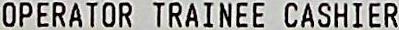
OPERATOR TRAINEE CASHIER